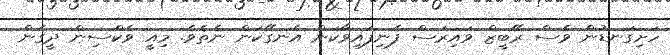
ހަށިގަނޑުން ވެސް ރޭބީޒް ވައިރަސް ފެނިފައިވާކަން އެނގޭކަން ނެތެވެ. މިއީ ވެކްސިން ދީގެން